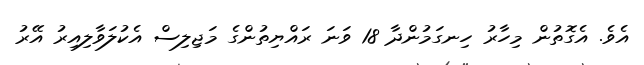
އެވެ. އެގޮތުން މިހާރު ހިނގަމުންދާ 18 ވަނަ ރައްޔިތުންގެ މަޖިލިސް އެކުލަވާލިއިރު އޭރު